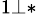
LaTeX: ^{1\bot\ast}